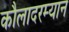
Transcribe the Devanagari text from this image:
कौलादरम्यान